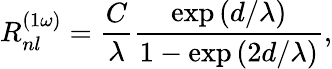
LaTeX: R_{nl}^{\left(1\omega\right)}=\frac{C}{\lambda}\frac{\exp{\left(d/\lambda\right)}}{1-\exp{\left(2d/\lambda\right)}},